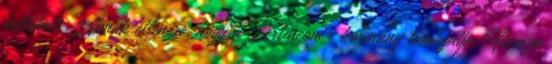
kellékeit. Annak ellenére, hogy a Berlusconi- kormány támogatja, Vicenza